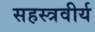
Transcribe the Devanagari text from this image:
सहस्त्रवीर्य